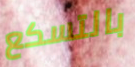
بالتسكع